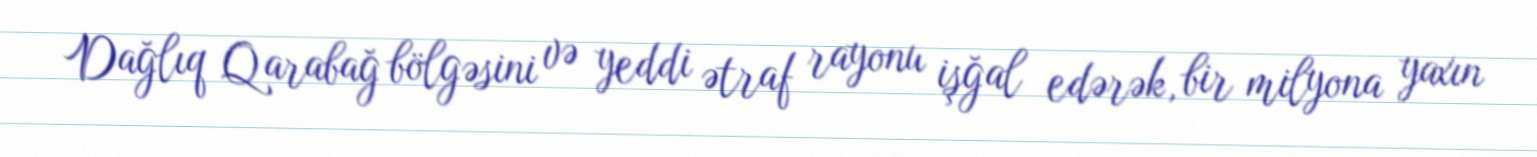
Dağlıq Qarabağ bölgəsini və yeddi ətraf rayonu işğal edərək, bir milyona yaxın